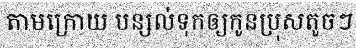
តាមក្រោយ បន្សល់ទុកឲ្យកូនប្រុសតូចៗ